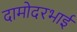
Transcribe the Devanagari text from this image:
दामोदरभाई